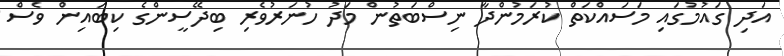
އަދި ގައުމުގައި މަސައްކަތް ކުރަމުންދާ ނިސްބަތުން މަދު ހުނަރުވެރި ބިދޭސީންގެ ކިބައިން ވެސް